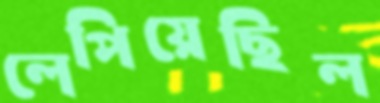
লেপিয়েছিল